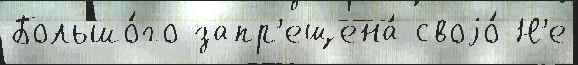
Большо́го запр'ещена́ своjо́ Н'е